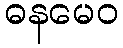
ဓနမေဝ